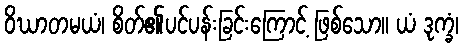
ဝိဃာတမယံ၊ စိတ်၏ပင်ပန်းခြင်းကြောင့် ဖြစ်သော။ ယံ ဒုက္ခံ၊